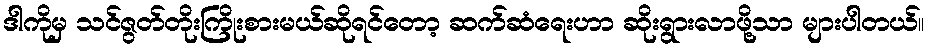
ဒါကိုမှ သင်ဇွတ်တိုးကြိုးစားမယ်ဆိုရင်တော့ ဆက်ဆံရေးဟာ ဆိုးရွားလာဖို့သာ များပါတယ်။